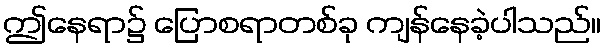
ဤနေရာ၌ ပြောစရာတစ်ခု ကျန်နေခဲ့ပါသည်။